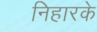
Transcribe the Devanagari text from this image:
निहारके